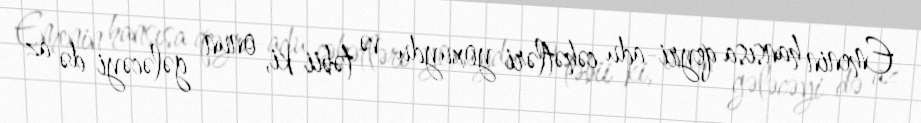
Emenin hansısa qeyri-adu cəhətləri yoxuydu və təbii ki, onun gələcəyi də az